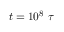
t = 1 0 ^ { 8 } ~ \tau